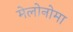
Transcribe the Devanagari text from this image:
मेलोनोमा